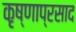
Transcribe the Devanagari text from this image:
कृष्णाप्रसाद